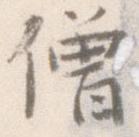
僧